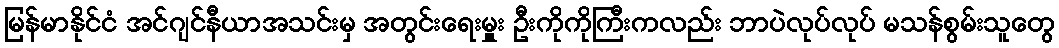
မြန်မာနိုင်ငံ အင်ဂျင်နီယာအသင်းမှ အတွင်းရေးမှူး ဦးကိုကိုကြီးကလည်း ဘာပဲလုပ်လုပ် မသန်စွမ်းသူတွေ